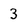
Character: 3